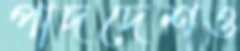
পাদদেশও